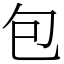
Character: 包